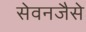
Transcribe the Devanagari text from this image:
सेवनजैसे